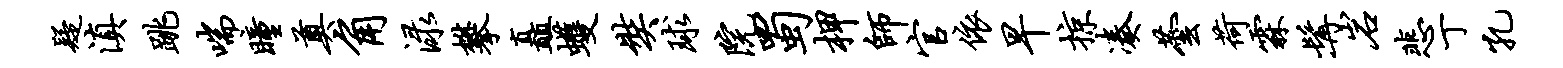
疑滇跳喘瞳奠角渌攀矗蠖奘球院蜀柙师官依早掠凑芸荷霖髯岩悲丁孔